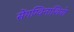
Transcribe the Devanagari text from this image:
सेंगग्विनाशियो